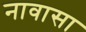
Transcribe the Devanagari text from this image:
नावासा